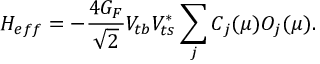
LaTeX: { \cal H } _ { e f f } = - \frac { 4 G _ { F } } { \sqrt { 2 } } V _ { t b } V _ { t s } ^ { * } \sum _ { j } C _ { j } ( \mu ) { \cal O } _ { j } ( \mu ) .